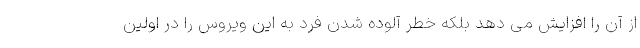
از آن را افزایش می دهد بلکه خطر آلوده شدن فرد به این ویروس را در اولین